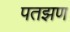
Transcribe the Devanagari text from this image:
पतझण